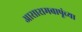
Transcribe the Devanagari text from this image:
आसारामबापूंच्या